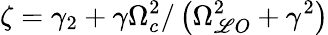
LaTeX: \zeta=\gamma_{2}+\gamma\Omega_{c}^{2}/\left(\Omega_{\mathscr{L}O}^{2}+\gamma^{2}\right)